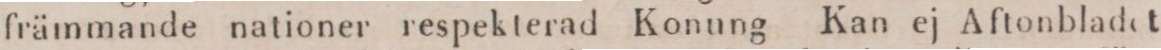
främmande nationer respekterad Konung Kan ej Aftonbladet